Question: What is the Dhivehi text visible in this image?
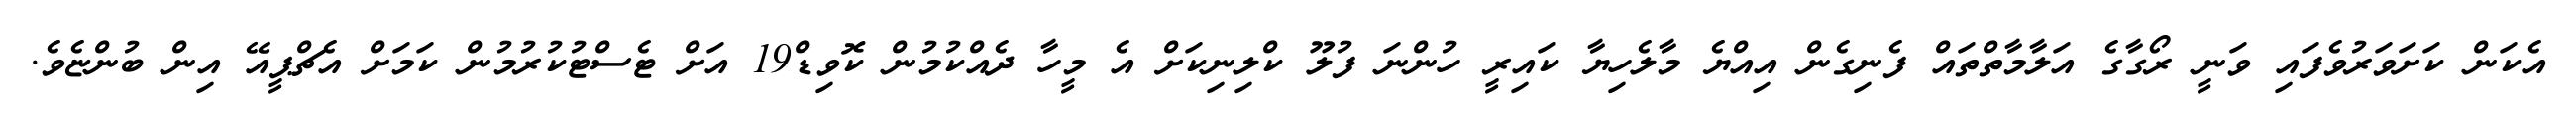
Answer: އެކަން ކަށަވަރުވެފައި ވަނީ ރޯގާގެ އަލާމާތްތައް ފެނިގެން އިއްޔެ މާލެހިޔާ ކައިރީ ހުންނަ ފުލޫ ކްލިނިކަށް އެ މީހާ ދެއްކުމުން ކޮވިޑް19 އަށް ޓެސްޓުކުރުމުން ކަމަށް އެޗްޕީއޭ އިން ބުންޏެވެ.